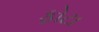
ફોટા